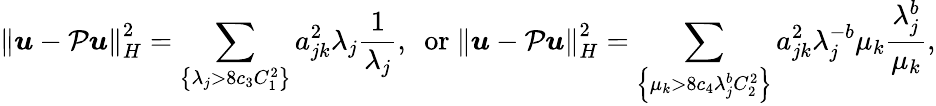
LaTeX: \left\lVert\boldsymbol{u}-\mathcal{P}\boldsymbol{u}\right\rVert_{H}^{2}=\sum_{\left\{ \lambda_{j}>8c_{3}C_{1}^{2}\right\} }a_{jk}^{2}\lambda_{j}\frac{1}{\lambda_{j}},\ \mathrm{~or~}\left\lVert\boldsymbol{u}-\mathcal{P}\boldsymbol{u}\right\rVert_{H}^{2}=\sum_{\left\{ \mu_{k}>8c_{4}\lambda_{j}^{b}C_{2}^{2}\right\} }a_{jk}^{2}\lambda_{j}^{-b}\mu_{k}\frac{\lambda_{j}^{b}}{\mu_{k}},